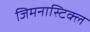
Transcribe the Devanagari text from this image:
जिमनास्टिक्ल